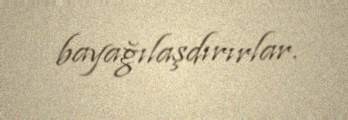
bayağılaşdırırlar.